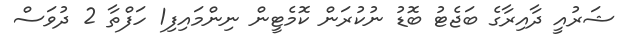
ޝަރުއީ ދާއިރާގެ ބަޖެޓު ބޮޑު ނުކުރަން ކޮމެޓީން ނިންމައިފި1 ހަފްތާ 2 ދުވަސް